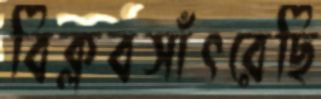
বিক্লবসাঁৎরেছি